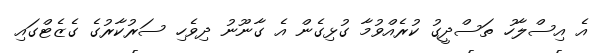
އެ އިސްލާހު ތަސްދީގު ކުރެއްވުމާ ގުޅިގެން އެ ގާނޫނު ދިވެހި ސަރުކާރުގެ ގެޒެޓްގައި